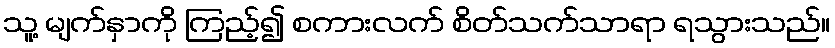
သူ့ မျက်နှာကို ကြည့်၍ စကားလက် စိတ်သက်သာရာ ရသွားသည်။